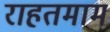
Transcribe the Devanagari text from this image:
राहतमाम